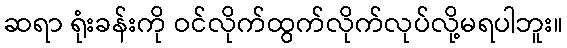
ဆရာ ရုံးခန်းကို ဝင်လိုက်ထွက်လိုက်လုပ်လို့မရပါဘူး။